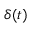
\delta ( t )